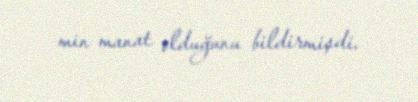
min manat olduğunu bildirmişdi.